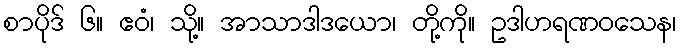
စာပိုဒ် ၆။ ဧဝံ၊ သို့။ အာသာဒါဒယော၊ တို့ကို။ ဥဒါဟရဏဝသေန၊